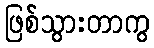
ဖြစ်သွားတာကွ